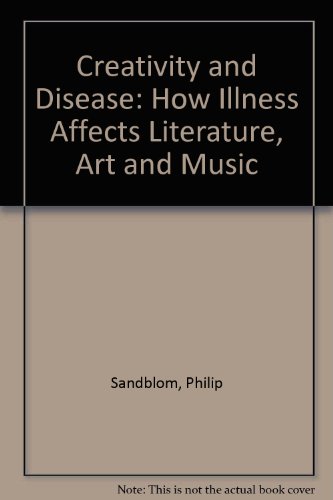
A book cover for Creativity and Disease: How Illness Affects Literature, Art and Music; Philip Sandblom; Medical Books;